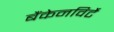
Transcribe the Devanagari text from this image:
बैंकेनविर्टे